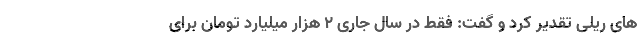
های ریلی تقدیر کرد و گفت: فقط در سال جاری ٢ هزار میلیارد تومان برای